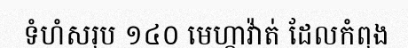
ទំហំសរុប ១៤០ មេហ្កាវ៉ាត់ ដែលកំពុង